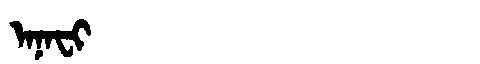
Manchu: ᠠᠨᠠᠸᡳ
Romanization: ANAFI